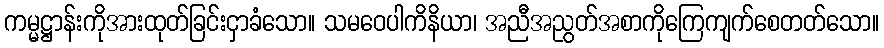
ကမ္မဋ္ဌာန်းကိုအားထုတ်ခြင်းငှာခံသော။ သမဝေပါကိနိယာ၊ အညီအညွတ်အစာကိုကြေကျက်စေတတ်သော။